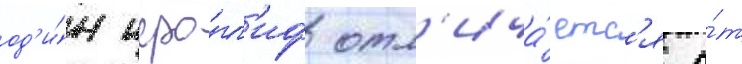
од'и́н иеро́гл'иф отл'ича́етс'я о́т